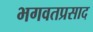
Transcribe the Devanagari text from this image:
भगवतप्रसाद